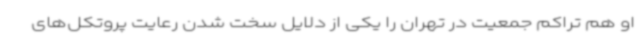
او هم تراکم جمعیت در تهران را یکی از دلایل سخت شدن رعایت پروتکل‌های